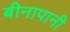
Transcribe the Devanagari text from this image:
बीनापानी